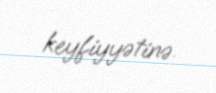
keyfiyyətinə.